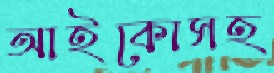
আইকোসহ